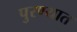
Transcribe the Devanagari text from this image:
पुरण्यात